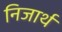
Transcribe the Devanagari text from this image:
निजार्थ